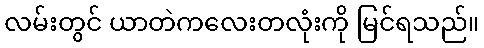
လမ်းတွင် ယာတဲကလေးတလုံးကို မြင်ရသည်။